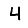
Digit: 4